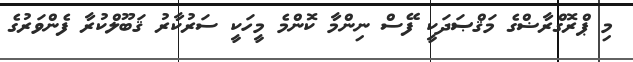
މި ޕްރޮގްރާޟްގެ މަޤްޞަދަކީ ފޭސް ނިންމާ ކޮންމެ މީހަކީ ސަރުކާރު ޤަބޫލްކުރާ ފެންވަރުގެ